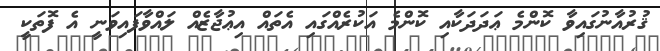
ޤުރުއާނުގައިވާ ކޮންމެ ޢަދަދަކާއި ކޮންމެ އަކުރެއްގައި އެތައް އިޢުޖާޒެއް ލައްވާފައިވަނީ އެ ފޮތަކީ